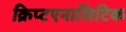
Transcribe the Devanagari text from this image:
क्रिप्टएनालिटिक